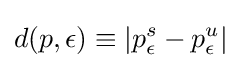
d(p,\epsilon )\equiv |p_{\epsilon }^{s}-p_{\epsilon }^{u}|